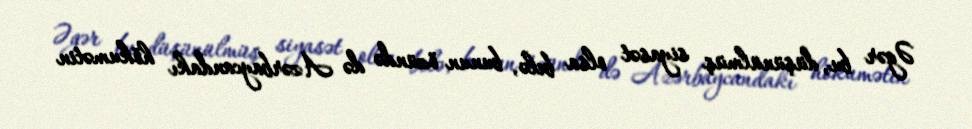
Əgər bu, düşünülmüş siyasət olsa belə, bunun özündə də Azərbaycandakı hökumətin